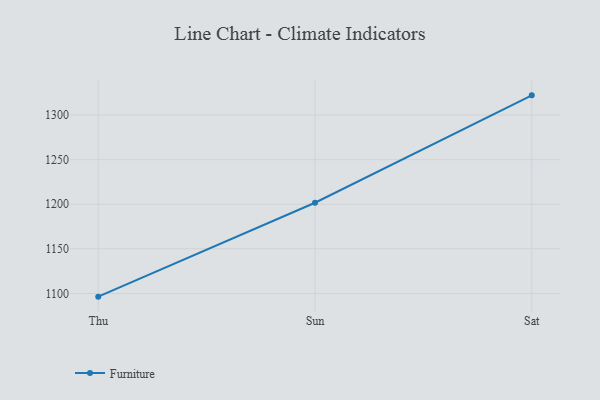
{"axis": {"x": "Day", "y": "Backlog"}, "legend": ["Furniture"], "data": [{"x": "Thu", "y": 1096.4, "type": "Furniture"}, {"x": "Sun", "y": 1201.7, "type": "Furniture"}, {"x": "Sat", "y": 1322.1, "type": "Furniture"}]}